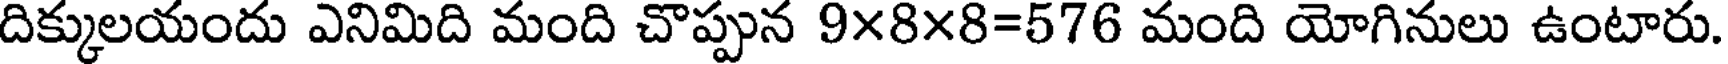
దిక్కులయందు ఎనిమిది మంది చొప్పున 9x8x8=576 మంది యోగినులు ఉంటారు.